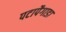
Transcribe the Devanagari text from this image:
पटापैगाडा